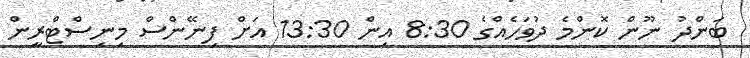
ބަންދު ނޫން ކޮންމެ ދުވަހެއްގެ 8:30 އިން 13:30 އަށް ފިނޭންސް މިނިސްޓްރީން